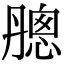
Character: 𣎗